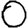
Digit: 0